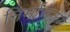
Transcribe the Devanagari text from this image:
निर्माणक्रम